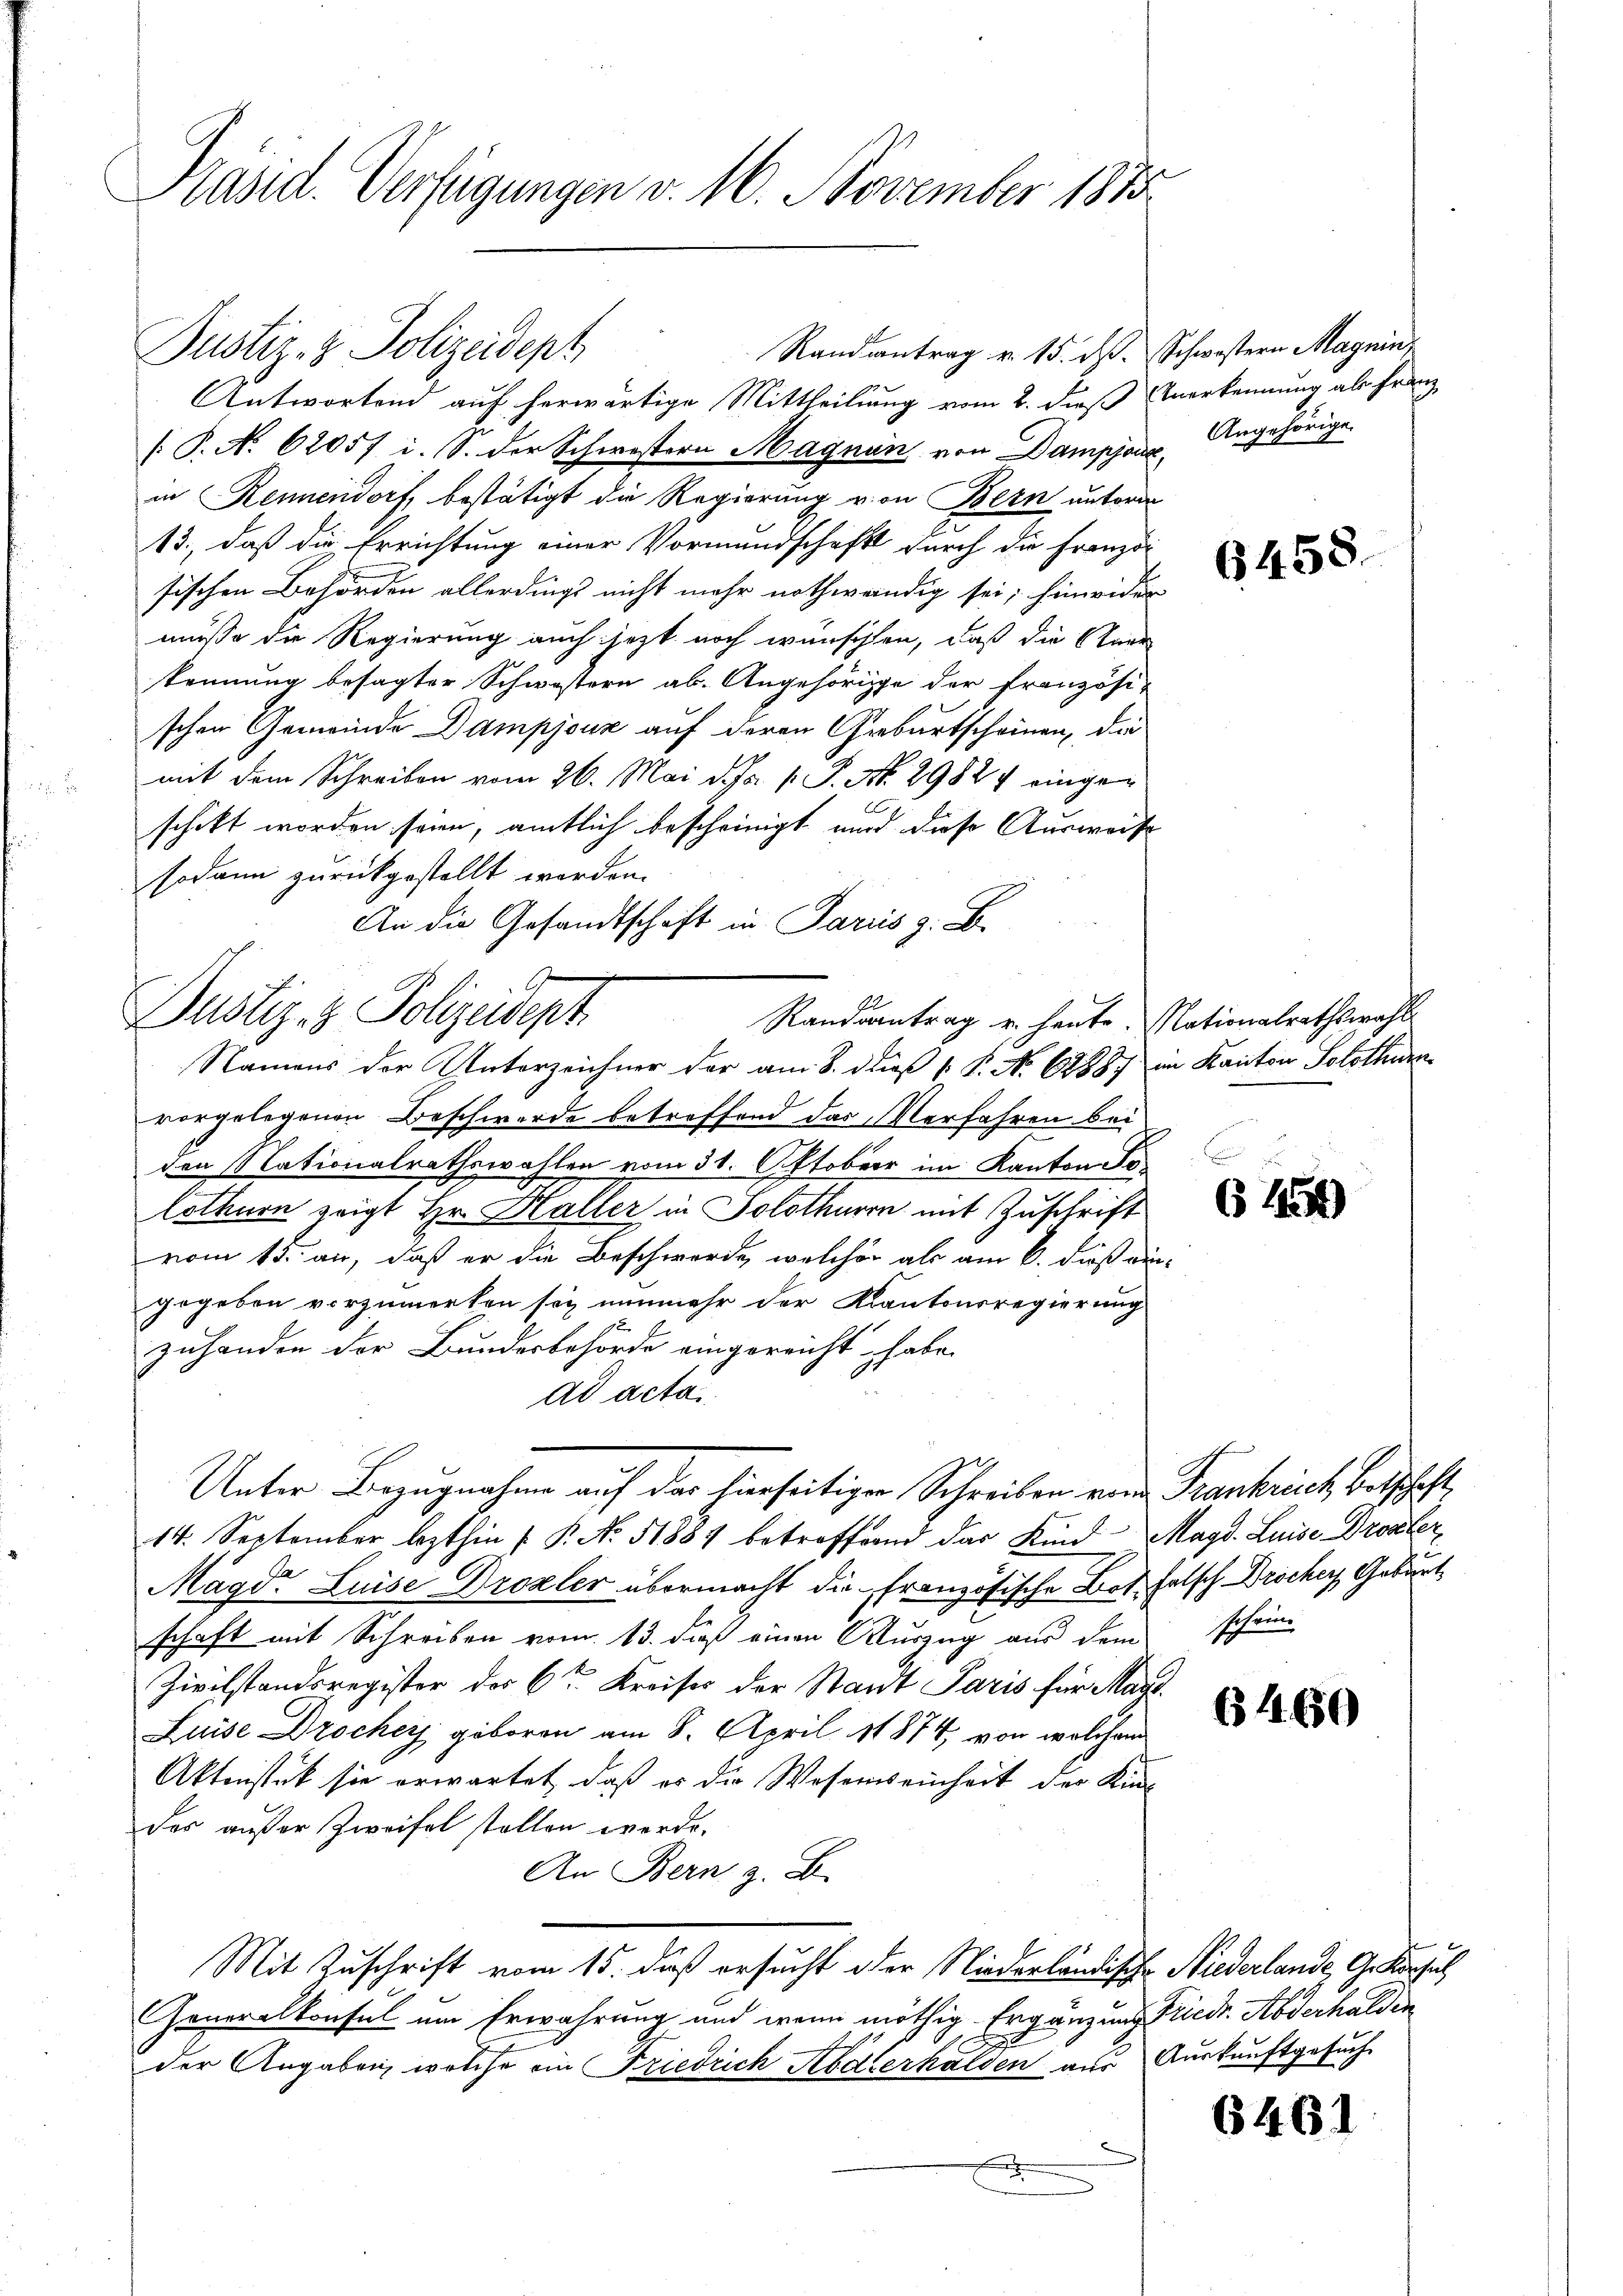
Präsid. Verfügungen v. 16. November 1870

Antwortend auf herwärtige Mittheilung vom 2. dieß Verkennung als Franz
[P. No. 62057 i. S. der Schwestern Magnan von Dampfarre Angehörige
in Rennendorf bestätigt die Regierung von Bern untern
13., daß die Errichtung einer Vormundschaft durch die Franzo
sischen Behörden allerdings nicht mehr nothwendig sei; hinwider
müsse die Regierung auch jetzt noch wünschten, daß die Caer
kennung besagter Schwestern ab. Angehörige der französi-
schen Gemeinde Dampjous auf deren Geburtscheinen, die
mit dem Schreiben vom 26. Mai d. Js. v. P. Nr. 29827 einge
schikt worden seien, amtlich bescheinigt und diese Ausweis
sodann zurückgestellt worden.
An die Gesandtschaft in Paris z. B.
vorgelegenen Beschwerde betreffend das Verfahren bei
den Nationalrathswahlen vom 31. Oktober im Kanton Fr
lothurn zeigt Hr. Haller in Solothuren mit Zuschrift
vom 15. an, daß er die Beschwerde, welcher als am 6. dieß an
gegeben vorzumerken sei nunmehr der Kantonsregierung
zuhanden der Bundesbehörde eingereicht habe.
ad acta
Unter Bezugnahme auf der hierseitigen Schreiben eine Frankreich beschaft,
14. September lezthin /: P. No. 51887 betroffend das Kind
Mägdr Luise Drozler übermacht die französische Bot falsch Brocher Geburt
schaft mit Schreiben vom 13. dieß einen Auszug aus dem schein-
Zivilstandsregister der 6ten Kreises der Standt Paris für Mar
Luise Drocher geboren am 8. April 18874, von welchem
Aktenstück sie erwartet, daß er die Wesenseinheit der Kindas außer Zweifel stellen werde.
An Bern z. B.
Mit Zuschrift vom 15. daß ersucht der Niederländische Niederlande G. Korseh
Generalkonsul um Erwährung und wenn nöthig Ergänzung Friedr. Abderhalden
der Angaben, welche ein Friedrich Abderhalden aus Auskunftgesuch

Justiz- & Polizeidept

Dustiz- & Polizeidept.
Randsantrag u. heute Nationalrathswahl
Namens der Unterzeichner der am 8. dieß P. No 68887 im Kanton Solothurn

Randantrag v. 15. ds. Schwestern Magnin,

s

e

6458

645)

Magd. Luise Droster,

6460

1

6461